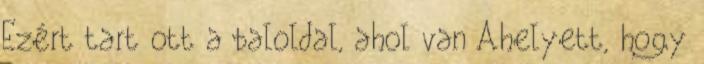
Ezért tart ott a baloldal, ahol van Ahelyett, hogy